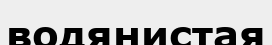
водянистая